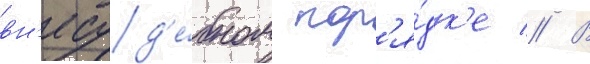
вн'есуд'е́бном пор'я́дк'е // В